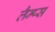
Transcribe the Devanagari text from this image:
लैम्प्स